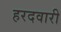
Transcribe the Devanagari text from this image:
हरदवारी